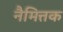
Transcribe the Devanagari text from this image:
नैमित्तक